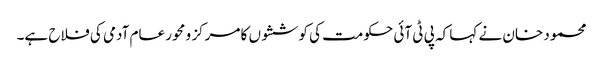
محمود خان نے کہا کہ پی ٹی آئی حکومت کی کوششوں کا مرکز و محور عام آدمی کی فلاح ہے۔